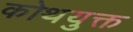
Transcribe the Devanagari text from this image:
कोथयुक्त